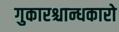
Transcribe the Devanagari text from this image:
गुकारश्चान्धकारो